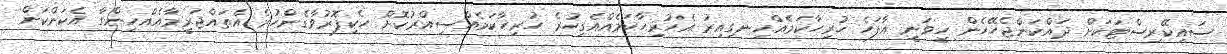
ސައިކޭރިސްޓަކަށް ދައްކަންޖެހޭހެން ހީވަނީ އާފަހެ ހުރިހާކަމެއްހިނގިއިރު އެހުރިހާކަމެއްއެގިހުރެ ހުރިހާކަމެއްސިއްރުކޮށް ހެކިފޮރުވާގެންހުރެ އެތައްޖަރީމާއެއްހިންގާ އެކަންކަން